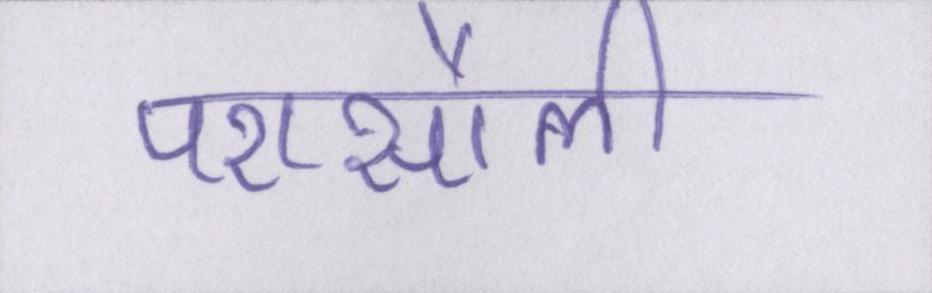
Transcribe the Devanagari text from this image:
परासौली